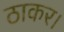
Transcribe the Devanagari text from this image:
ठाकर।